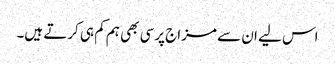
اس لیے ان سے مزاج پرسی بھی ہم کم ہی کرتے ہیں۔